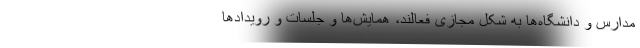
مدارس و دانشگاه‌ها به شکل مجازی فعالند، همایش‌ها و جلسات و رویدادها